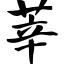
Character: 莘